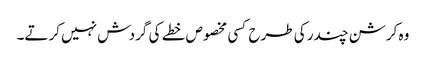
وہ کرشن چندر کی طرح کسی مخصوص خطے کی گردش نہیں کرتے۔